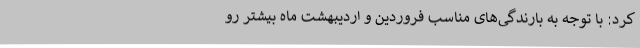
کرد: با توجه به بارندگی‌های مناسب فروردین و اردیبهشت ماه بیشتر رو